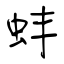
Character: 蚌